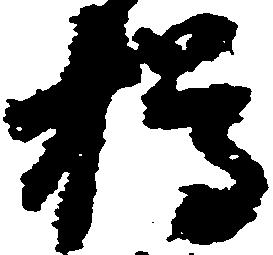
樽